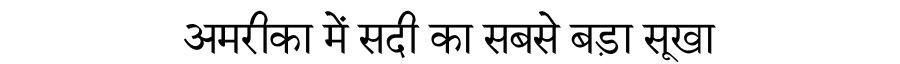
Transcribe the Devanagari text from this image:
अमरीका में सदी का सबसे बड़ा सूखा